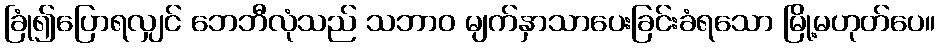
ခြုံ၍ပြောရလျှင် ဘေဘီလုံသည် သဘာဝ မျက်နှာသာပေးခြင်းခံရသော မြို့မဟုတ်ပေ။